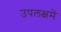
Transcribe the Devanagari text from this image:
उपलक्षमें